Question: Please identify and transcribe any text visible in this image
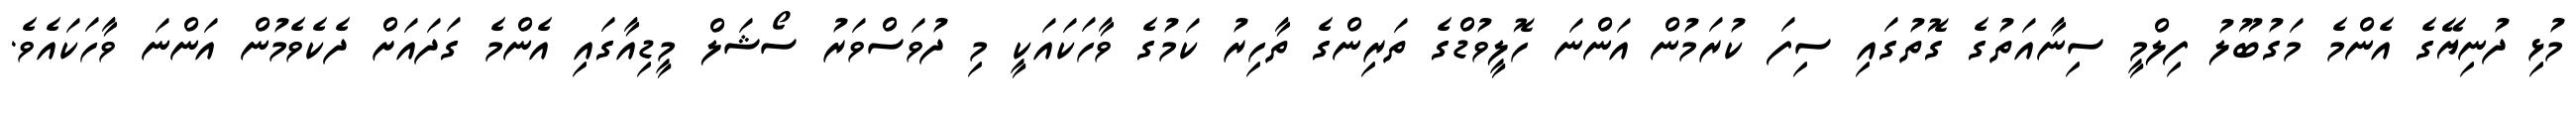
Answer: މުޅި ދުނިޔޭގެ އެންމެ މަގުބޫލު ފިލްމީ ސިނާއަތުގެ ގޮތުގައި ސިފަ ކުރަމުން އަންނަ ހޮލީވުޑްގެ ތަރިންގެ ތާހިރު ކަމުގެ ވާހަކައަކީ މި ދުވަސްވަރު ސޯޝަލް މީޑިއާގައި އެންމެ ގަދައަށް ދެކެވެމުން އަންނަ ވާހަކައެވެ.